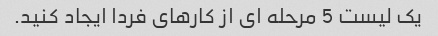
یک لیست 5 مرحله ای از کارهای فردا ایجاد کنید.